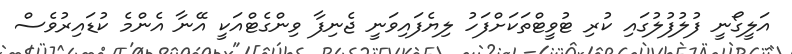
އަލީގޯނީ ފުލުފުލުގައި ކުރި ޓުވީޓްތަކަށްފަހު ލިޔެފައިވަނީ ޖެނިފާ ވިންގެޓްއަކީ އޭނާ އެންމެ ކުޑައިރުވެސް